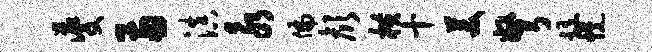
夔两滇永偏颜横十美弩髓幌